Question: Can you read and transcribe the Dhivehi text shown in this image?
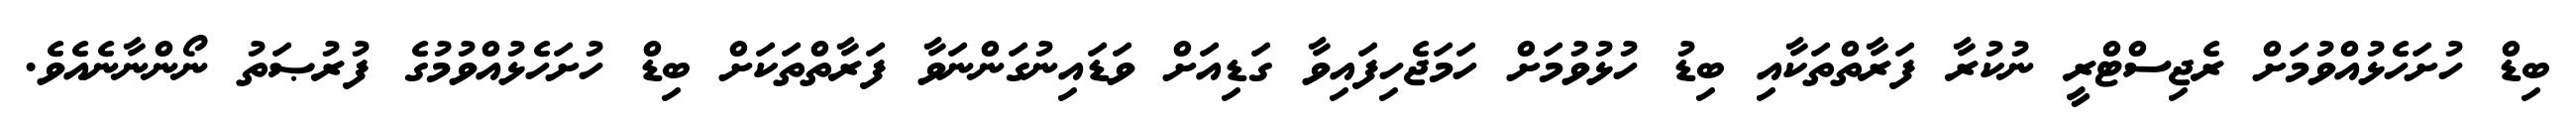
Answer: ބިޑް ހުށަހެޅުއްވުމަށް ރެޖިސްޓްރީ ނުކުރާ ފަރާތްތަކާއި ބިޑު ހުޅުވުމަށް ހަމަޖެހިފައިވާ ގަޑިއަށް ވަޑައިނުގަންނަވާ ފަރާތްތަކަށް ބިޑް ހުށަހެޅުއްވުމުގެ ފުރުޞަތު ނޯންނާނެއެވެ.